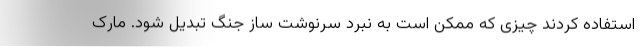
استفاده کردند چیزی که ممکن است به نبرد سرنوشت ساز جنگ تبدیل شود. مارک